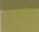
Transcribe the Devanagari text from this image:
मरुदेव्याश्च